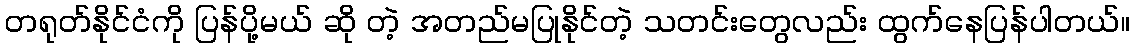
တရုတ်နိုင်ငံကို ပြန်ပို့မယ် ဆို တဲ့ အတည်မပြုနိုင်တဲ့ သတင်းတွေလည်း ထွက်နေပြန်ပါတယ်။